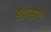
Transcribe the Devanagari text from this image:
हडपसरचे